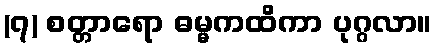
(၇) စတ္တာရော ဓမ္မကထိကာ ပုဂ္ဂလာ။